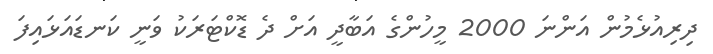
ދިރިއުޅެމުން އަންނަ 2000 މީހުންގެ އަބާދީ އަށް ދެ ޑޮކްޓަރަކު ވަނީ ކަނޑައަޅައިފަ